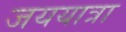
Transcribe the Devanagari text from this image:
जययात्रा